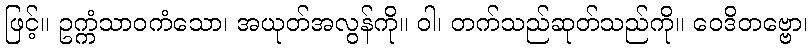
ဖြင့်။ ဥက္ကံသာဝကံသော၊ အယုတ်အလွန်ကို။ ဝါ၊ တက်သည်ဆုတ်သည်ကို။ ဝေဒိတဗ္ဗော၊